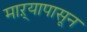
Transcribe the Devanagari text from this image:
माऱ्यापासून